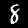
Label: 8